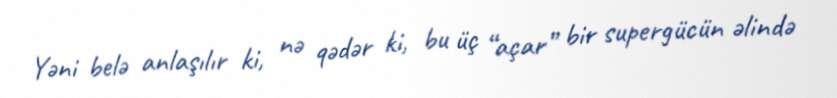
Yəni belə anlaşılır ki, nə qədər ki, bu üç “açar” bir supergücün əlində